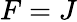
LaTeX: F=J